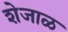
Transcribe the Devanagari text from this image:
शेजाळ